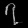
Digit: ၇